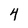
Character: 4